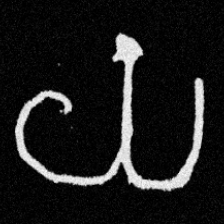
Pyu character \u2014 Myanmar letter: ယ (romanized: ya)